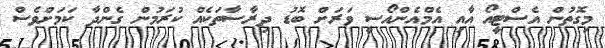
މިގޮތުން އެސްޓީއޯ އާއި އެމްއެންއޯސީ ވަރަށް ބޮޑު ދިރާސާތަކެއް ކުރަމުން ގެންދާ ކަމަށްވެސް